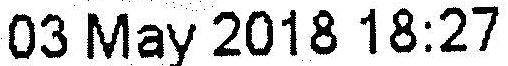
03 MAY 2018 18:27